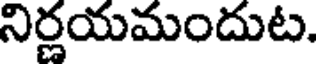
నిర్ణయమందుట.